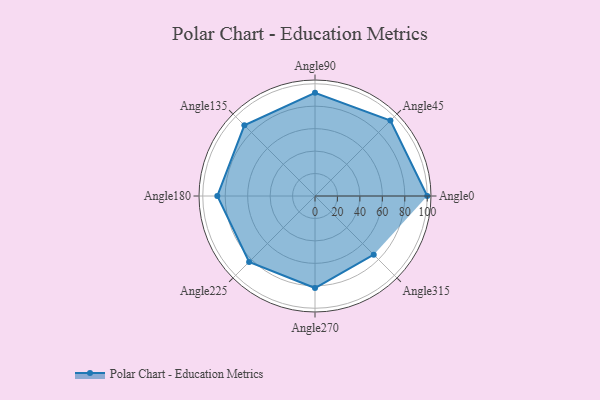
{"axis": {"x": "Angle", "y": "Radius"}, "legend": [""], "data": [{"x": "Angle0", "y": 100.0, "type": ""}, {"x": "Angle45", "y": 95.0, "type": ""}, {"x": "Angle90", "y": 92.0, "type": ""}, {"x": "Angle135", "y": 89.0, "type": ""}, {"x": "Angle180", "y": 87.0, "type": ""}, {"x": "Angle225", "y": 83.0, "type": ""}, {"x": "Angle270", "y": 82.0, "type": ""}, {"x": "Angle315", "y": 74.0, "type": ""}]}